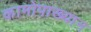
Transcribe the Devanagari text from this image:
कामोपाख्यान